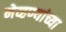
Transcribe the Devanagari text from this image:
मेव्हण्यांच्या